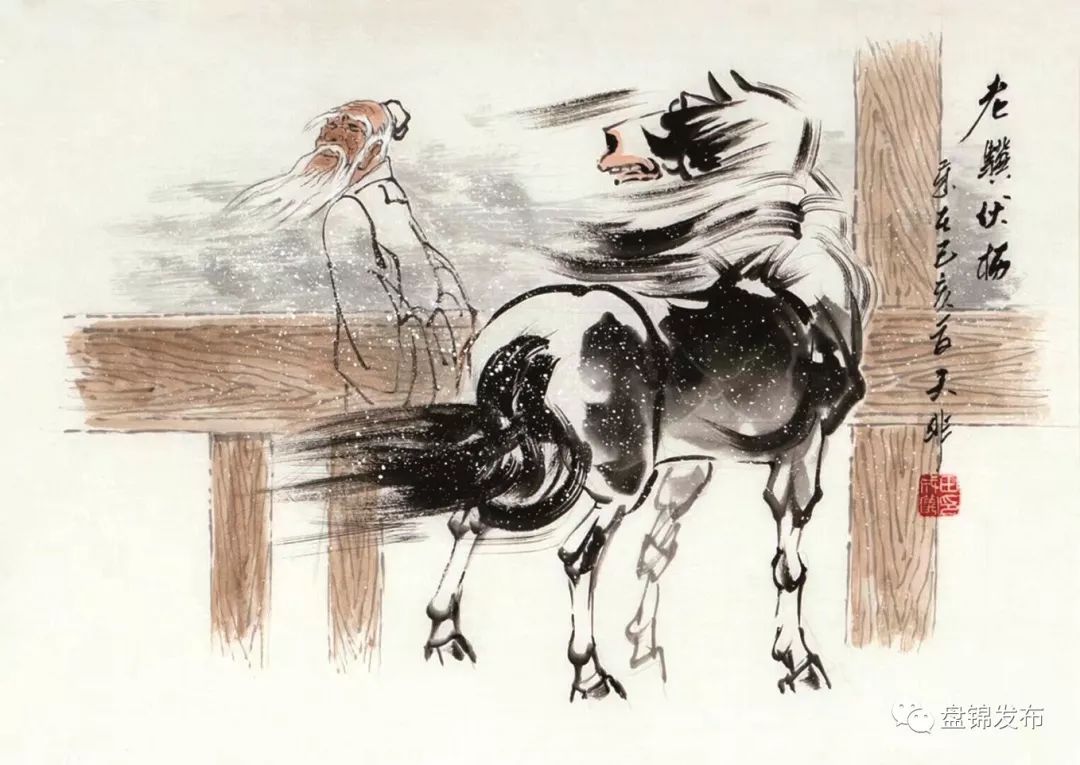
老骥伏枥，志在千里。